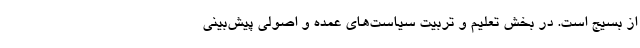
از بسیج است. در بخش تعلیم و تربیت سیاست‌های عمده و اصولی پیش‌بینی